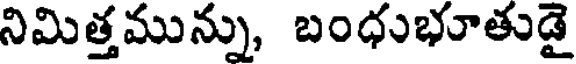
నిమిత్తమున్ను, బంధుభూతుడై